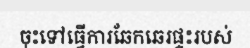
ចុះទៅធ្វើការឆែកឆេរផ្ទះរបស់